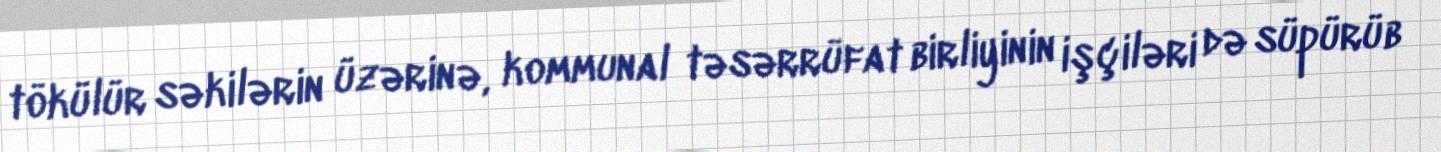
tökülür səkilərin üzərinə, kommunal təsərrüfat birliyinin işçiləri də süpürüb